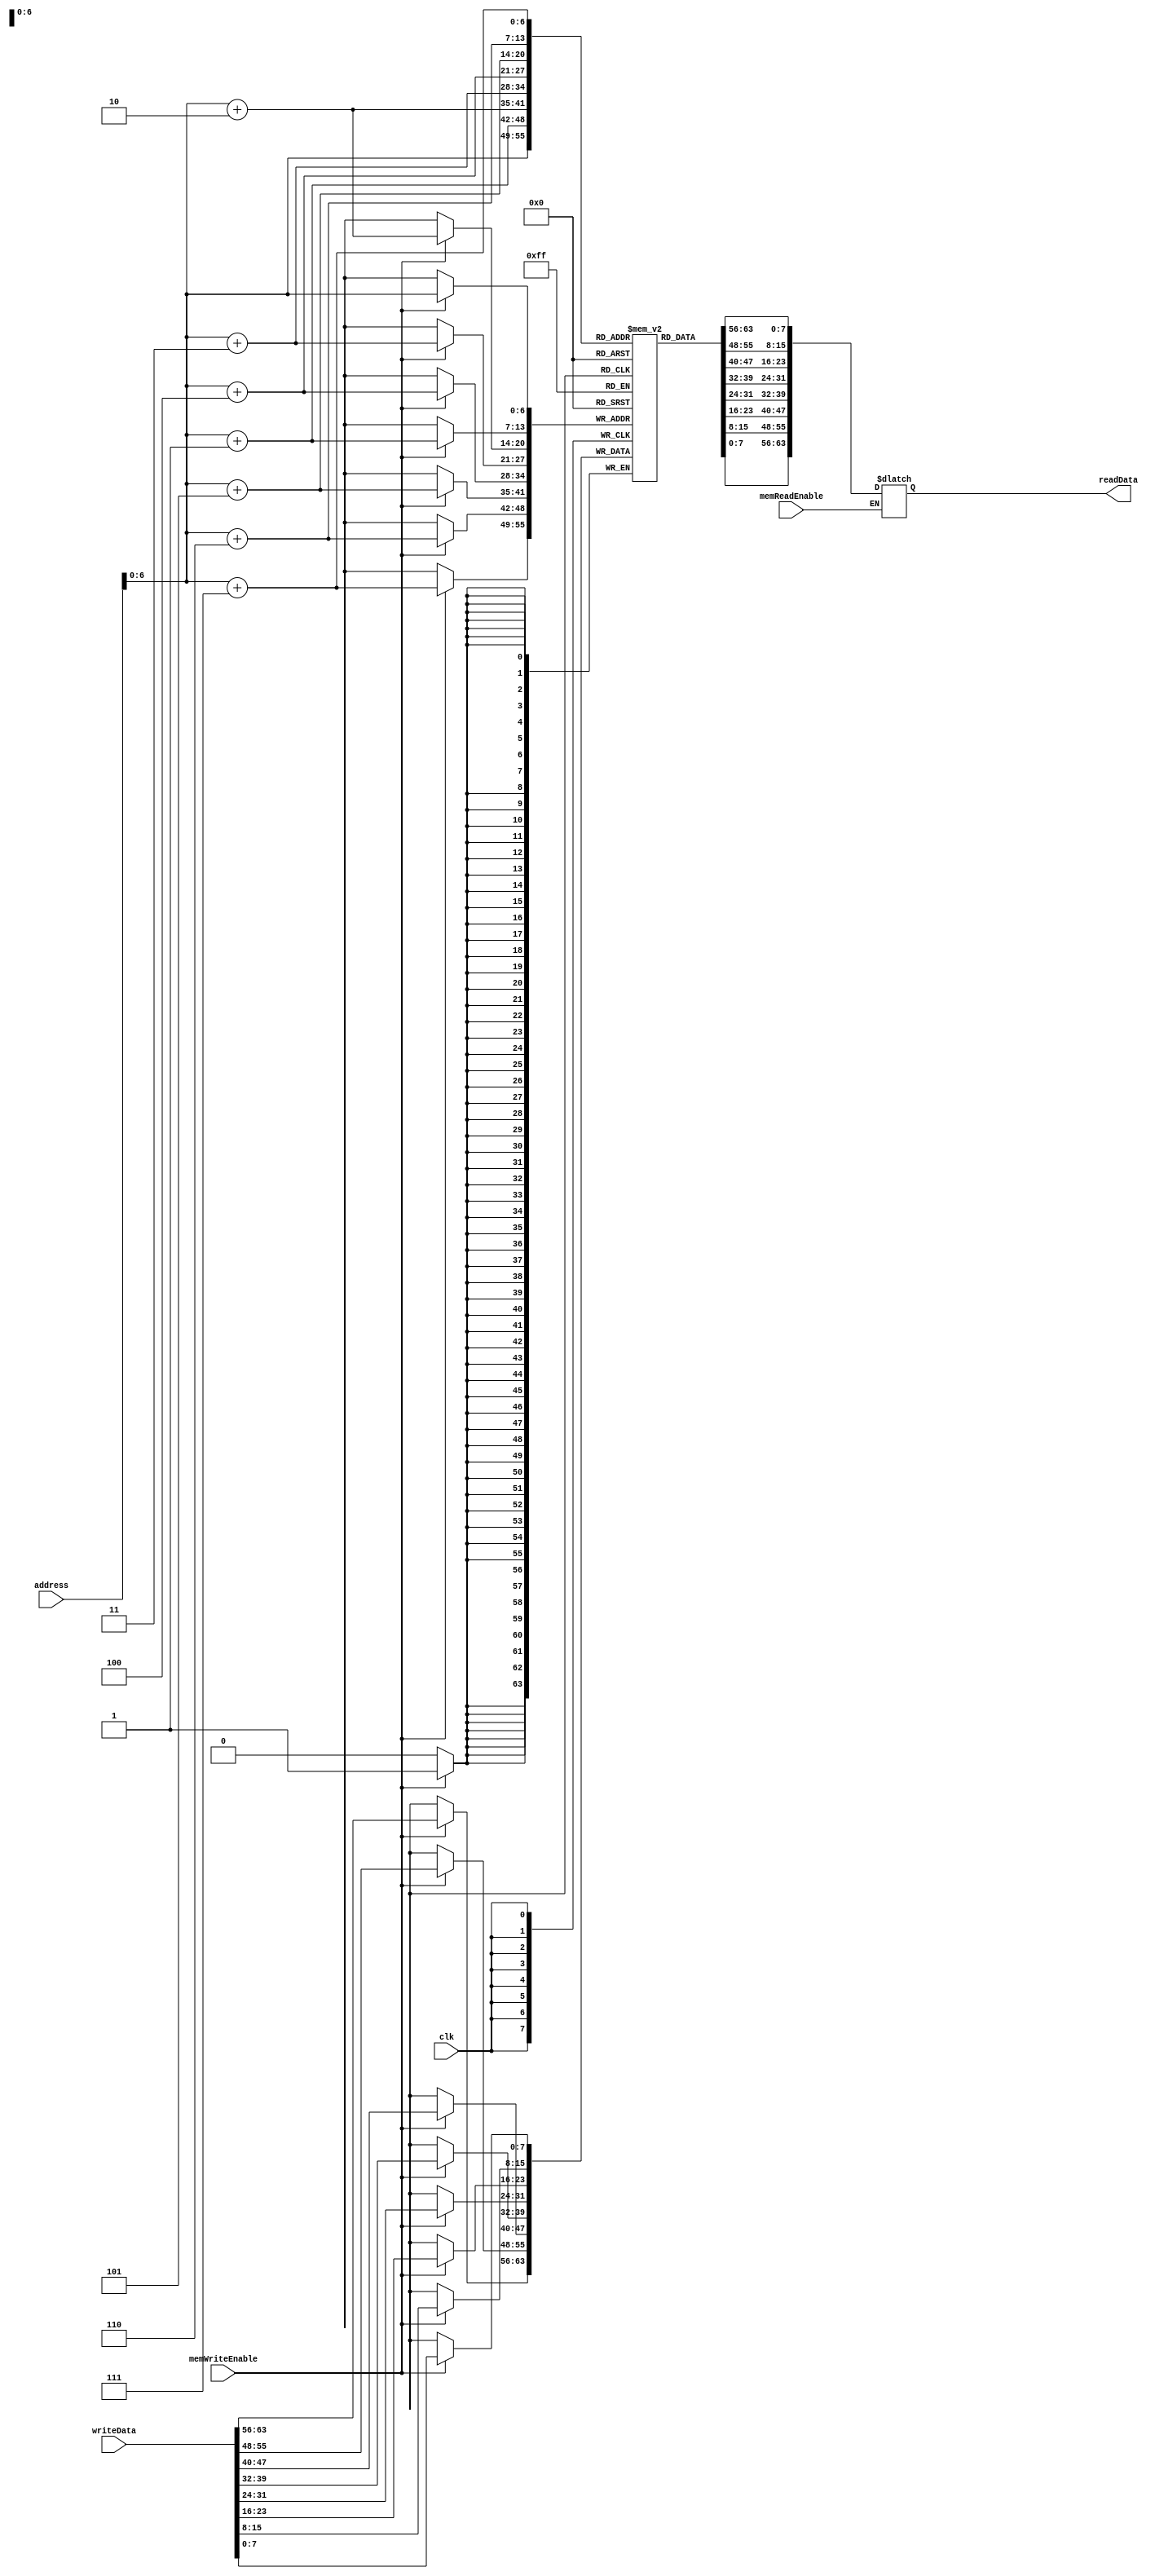
module dataMemory(input   wire         clk,
                  input   wire         memWriteEnable,
                  input   wire         memReadEnable,
                  input   wire [63:0]   address,
                  input   wire [63:0]   writeData,
                  output  reg  [63:0]  readData);
                  
reg [7:0] memoryFile [127:0];

// Write operation if memory write enable
always @(posedge clk)
begin
    if (memWriteEnable) begin
          {memoryFile[address+7],memoryFile[address+6],memoryFile[address+5],memoryFile[address+4],memoryFile[address+3],memoryFile[address+2],memoryFile[address+1],memoryFile[address]} <= writeData[63:0];      
    end 
end    

// Read operation if memoryr read ewnable
always @(*)  begin                
    if(memReadEnable) begin
       readData[7:0]    = memoryFile[address]   ;             
       readData[15:8]   = memoryFile[address+1] ;             
       readData[23:16]  = memoryFile[address+2] ;             
       readData[31:24]  = memoryFile[address+3] ;             
       readData[39:32]  = memoryFile[address+4] ;             
       readData[47:40]  = memoryFile[address+5] ;             
       readData[55:48]  = memoryFile[address+6] ;             
       readData[63:56]  = memoryFile[address+7] ;                    
    end                  
end

// Initializing data
initial begin
    // Doubleword 1
    memoryFile[0] = 8'hcc;
    memoryFile[1] = 8'hdd;
    memoryFile[2] = 8'hee;
    memoryFile[3] = 8'hff;
    memoryFile[4] = 8'h11;
    memoryFile[5] = 8'h22;
    memoryFile[6] = 8'h33;
    memoryFile[7] = 8'h44;
    
    // Doubleword 2
    memoryFile[8]  = 8'haa;
    memoryFile[9]  = 8'hbb;
    memoryFile[10] = 8'hcc;
    memoryFile[11] = 8'hdd;
    memoryFile[12] = 8'h55;
    memoryFile[13] = 8'h66;
    memoryFile[14] = 8'h77;
    memoryFile[15] = 8'h88;
    
end

endmodule